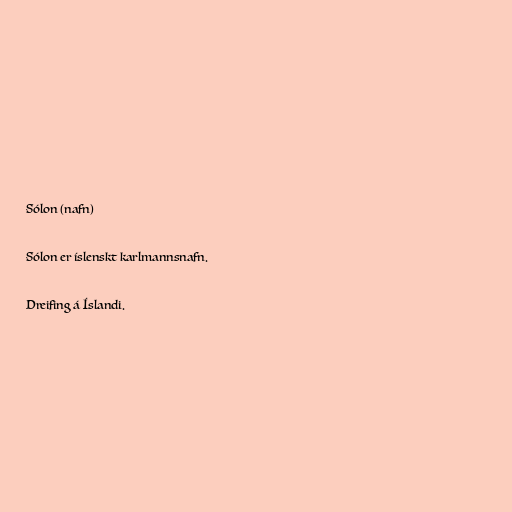
Sólon (nafn)

Sólon er íslenskt karlmannsnafn.

Dreifing á Íslandi.